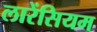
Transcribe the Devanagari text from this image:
लारेंसियम